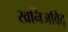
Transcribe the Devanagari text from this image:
खनिजविद्